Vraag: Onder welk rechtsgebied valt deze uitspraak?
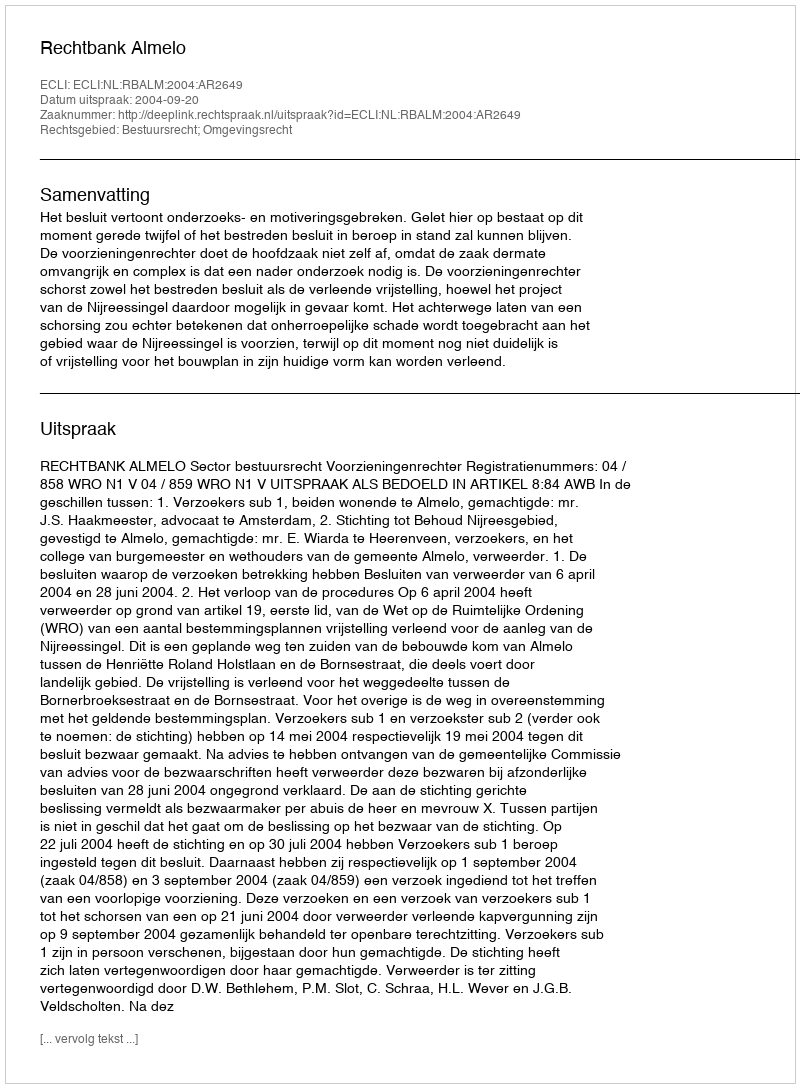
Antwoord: Bestuursrecht; Omgevingsrecht